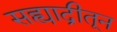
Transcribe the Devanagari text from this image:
सह्याद्रीतून